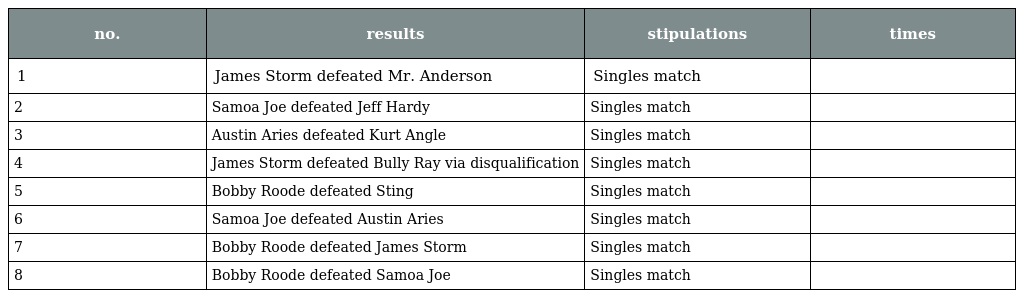
| no. | results | stipulations | times |
 | --- | --- | --- | --- |
 | 1 | James Storm defeated Mr. Anderson | Singles match |  |
 | 2 | Samoa Joe defeated Jeff Hardy | Singles match |  |
 | 3 | Austin Aries defeated Kurt Angle | Singles match |  |
 | 4 | James Storm defeated Bully Ray via disqualification | Singles match |  |
 | 5 | Bobby Roode defeated Sting | Singles match |  |
 | 6 | Samoa Joe defeated Austin Aries | Singles match |  |
 | 7 | Bobby Roode defeated James Storm | Singles match |  |
 | 8 | Bobby Roode defeated Samoa Joe | Singles match |  |